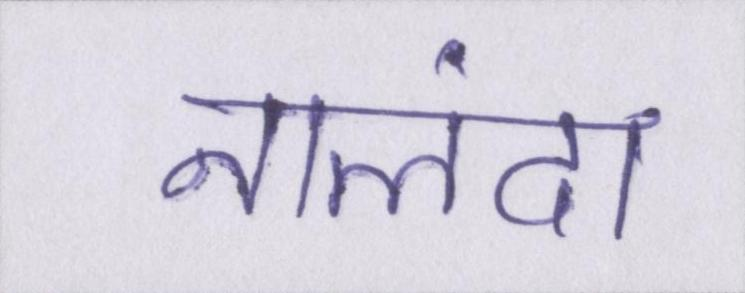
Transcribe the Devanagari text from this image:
नालंदा